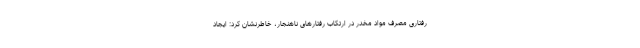
رفتاری مصرف مواد مخدر در ارتکاب رفتارهای ناهنجار، خاطرنشان کرد: ایجاد